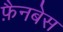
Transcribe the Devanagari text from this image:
फ़ैनबेस